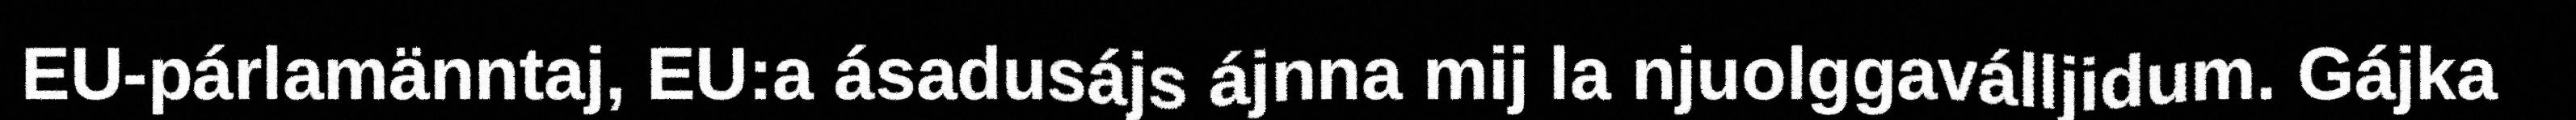
EU-párlamänntaj, EU:a ásadusájs ájnna mij la njuolggaválljidum. Gájka